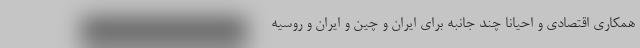
همکاری اقتصادی و احیانا چند جانبه برای ایران و چین و ایران و روسیه